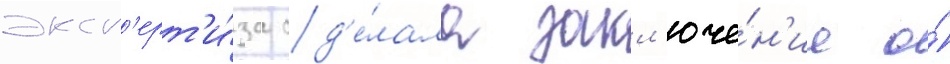
эксп'ерт'и́за сд'е́лала закл'юче́н'ие о́